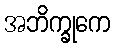
အဘိက္ခုကေ